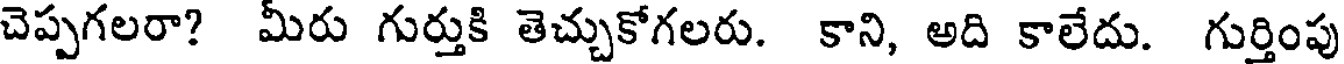
చెప్పగలరా? మీరు గుర్తుకి తెచ్చుకోగలరు. కాని, అది కాలేదు. గుర్తింపు